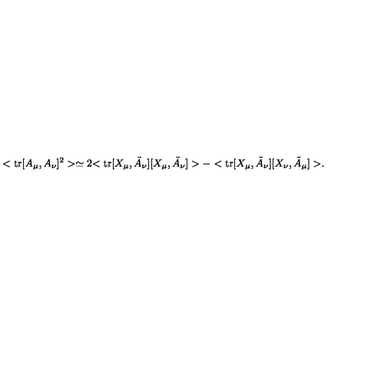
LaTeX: < \mathrm { t r } [ A _ { \mu } , A _ { \nu } ] ^ { 2 } > \simeq 2 { < \mathrm { t r } [ X _ { \mu } , \tilde { A } _ { \nu } ] [ X _ { \mu } , \tilde { A } _ { \nu } ] > - < \mathrm { t r } [ X _ { \mu } , \tilde { A } _ { \nu } ] [ X _ { \nu } , \tilde { A } _ { \mu } ] > } .